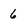
Character: 6